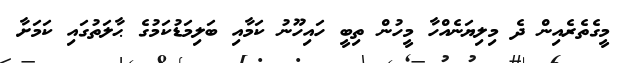
މީގެތެރެއިން ދެ މިލިޔަނެއްހާ މީހުން ތިބީ ހައިހޫނު ކަމާއި ބަލިމަޑުކަމުގެ ޙާލަތުގައި ކަމަށާ